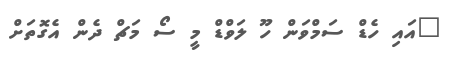
"އައި ހެޑް ސަމްވަން ހޫ ލަވްޑް މީ ސޯ މަޗް ދެން އެގޮތަށް